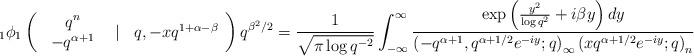
LaTeX: \begin{align*}_{1}\phi_{1}\left(\begin{array}{ccc}\begin{array}{c}q^{n}\\-q^{\alpha+1}\end{array} & \vert & q,-xq^{1+\alpha-\beta}\end{array}\right)q^{\beta^{2}/2}=\frac{1}{\sqrt{\pi\log q^{-2}}}\int_{-\infty}^{\infty}\frac{\exp\left(\frac{y^{2}}{\log q^{2}}+i\beta y\right)dy}{\left(-q^{\alpha+1},q^{\alpha+1/2}e^{-iy};q\right)_{\infty}\left(xq^{\alpha+1/2}e^{-iy};q\right)_{n}}\end{align*}